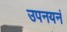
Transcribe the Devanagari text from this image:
उपनयनं